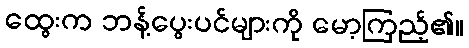
ထွေးက ဘန့်ပွေးပင်များကို မော့ကြည့်၏။